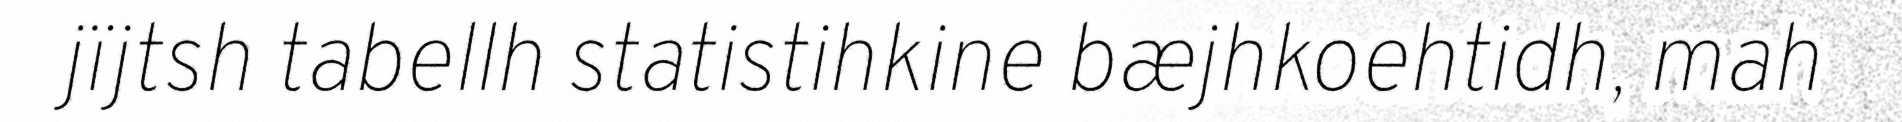
jïjtsh tabellh statistihkine bæjhkoehtidh, mah